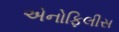
એનોફિલીસ